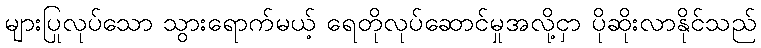
များပြုလုပ်သော သွားရောက်မယ့် ရေတိုလုပ်ဆောင်မှုအလို့ငှာ ပိုဆိုးလာနိုင်သည်